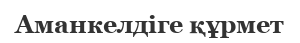
Аманкелдіге құрмет